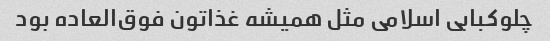
چلوکبابی اسلامی مثل همیشه غذاتون فوق‌العاده بود